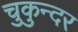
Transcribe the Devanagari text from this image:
चुकुन्दर